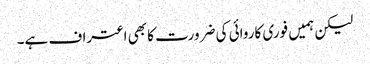
لیکن ہمیں فوری کاروائی کی ضرورت کا بھی اعتراف ہے۔